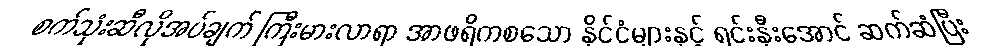
စက်သုံးဆီလိုအပ်ချက် ကြီးမားလာရာ အာဖရိကစသော နိုင်ငံများနှင့် ရင်းနှီးအောင် ဆက်ဆံပြီး